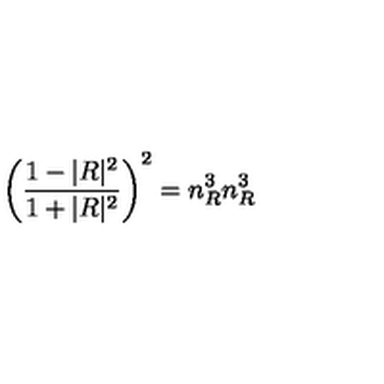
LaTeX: \left( \frac { 1 - | R | ^ { 2 } } { 1 + | R | ^ { 2 } } \right) ^ { 2 } = n _ { R } ^ { 3 } n _ { R } ^ { 3 }